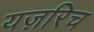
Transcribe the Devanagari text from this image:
यज़रिच